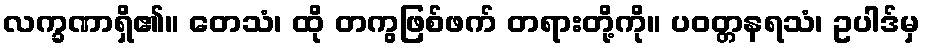
လက္ခဏာရှိ၏။ တေသံ၊ ထို တကွဖြစ်ဖက် တရားတို့ကို။ ပဝတ္တနရသံ၊ ဥပါဒ်မှ